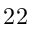
2 2